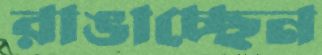
রাঙাচ্ছেন